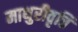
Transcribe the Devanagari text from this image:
माथुरीवृत्ति